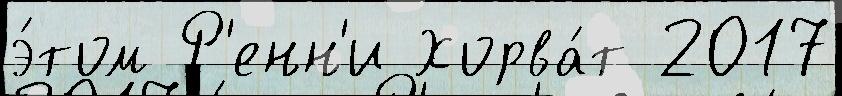
э́том Р'енн'и Хорва́т 2017